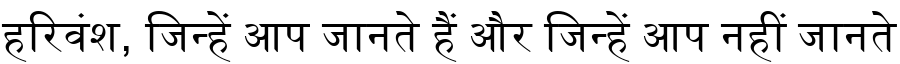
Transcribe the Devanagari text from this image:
हरिवंश, जिन्हें आप जानते हैं और जिन्हें आप नहीं जानते